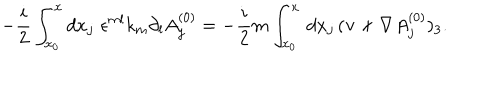
LaTeX: - \frac { i } { 2 } \int _ { x _ { 0 } } ^ { x } d x _ { j } \, \, \epsilon ^ { m l } k _ { m } \partial _ { l } A _ { j } ^ { ( 0 ) } = - \frac { i } { 2 } m \int _ { x _ { 0 } } ^ { x } \, d x _ { j } \, ( { \bf v } \times \nabla A _ { j } ^ { ( 0 ) } ) _ { 3 } .